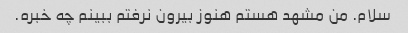
سلام. من مشهد هستم هنوز بیرون نرفتم ببینم چه خبره.